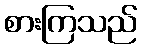
စားကြသည်